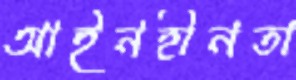
আইনহীনতা